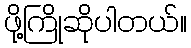
ဖို့ကြိုဆိုပါတယ်။